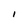
Character: 1